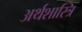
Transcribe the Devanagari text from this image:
अर्थशास्त्रि